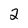
Character: 2